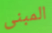
المبنى